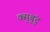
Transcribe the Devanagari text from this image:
क्सुबुंटु